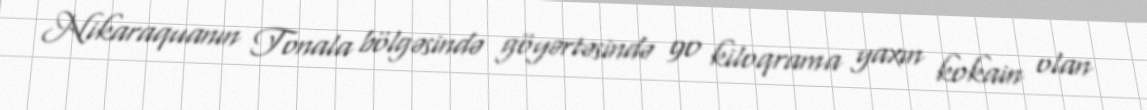
Nikaraquanın Tonala bölgəsində göyərtəsində 90 kiloqrama yaxın kokain olan